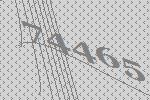
74465